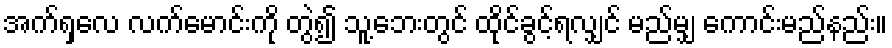
အက်ရှလေ လက်မောင်းကို တွဲ၍ သူ့ဘေးတွင် ထိုင်ခွင့်ရလျှင် မည်မျှ ကောင်းမည်နည်း။